Vaccination in Bombay 1924-1928 - 1924-1928
Year: 1924
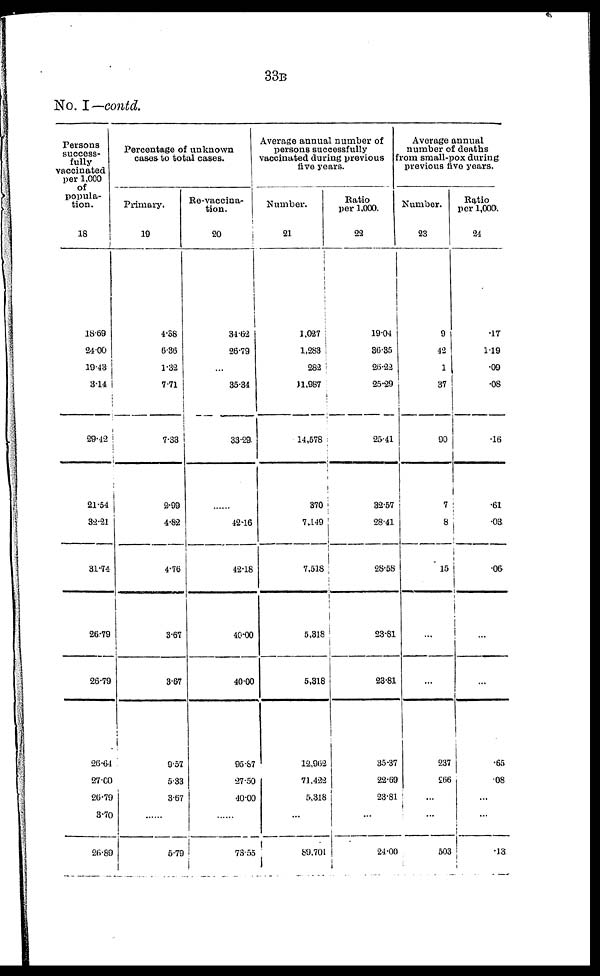
33B
No. I— contd.
Persons
success-
fully
vaccinated
per 1,000
of
popula-
tion.
18
18.69
24.00
19.43
3.14
29.12
21.54
32.21
31.74
26.79
26.79
26.64
27.00
26.79
3.70
26.89
Percentage of unknown
cases to total cases.
Primary.
19
4.38
6.36
1.32
7.71
7.33
2.99
4.82
4.76
3.67
3.67
9.57
5.33
3.67
......
5.79
Re-vaccina-
tion.
20
31.62
26.79
...
35.34
33.29
......
42.16
42.18
40.00
40.00
95.87
27.50
40.00
......
73.55
Average annual number of
persons successfully
vaccinated during previous
five years.
Number.
21
1,027
1,283
282
11,987
14,578
370
7,149
7,518
5,318
5,318
12,962
71,422
5,318
...
89,701
Ratio
per 1,000.
22
19.04
36.35
26.22
25.29
25.41
32.57
28.41
28.58
23.81
23.81
35.37
22.69
23.81
...
24.00
Average annual
number of deaths
from small-pox during
previous five years.
Number.
23
9
42
1
37
90
7
8
15
...
...
237
266
...
...
503
Ratio
per 1,000.
24
.17
1.19
.09
.08
.16
.61
.03
.06
...
...
.65
.08
...
...
.13